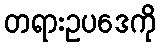
တရားဥပဒေကို